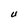
Character: U